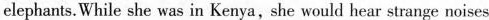
elephants.While she was in Kenya, she would hear strange noises